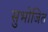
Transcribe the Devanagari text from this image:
सुभोजित